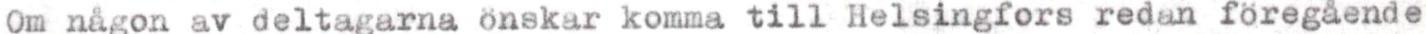
Om någon av deltagarna önskar komma till Helsingfors redan föregaende